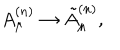
A _ { \mu } ^ { ( n ) } \rightarrow \tilde { A } _ { \mu } ^ { ( n ) } ,